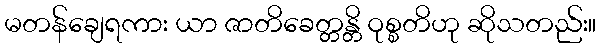
မတန်ချေရကား ယာ ဇာတိခေတ္တန္တိ ဝုစ္စတိဟု ဆိုသတည်း။